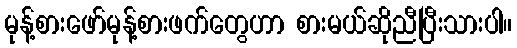
မုန့်စားဖော်မုန့်စားဖက်တွေဟာ စားမယ်ဆိုညီပြီးသားပါ။